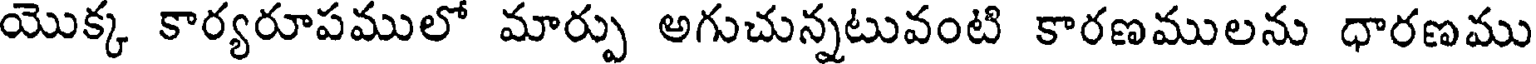
యొక్క కార్యరూపములో మార్పు అగుచున్నటువంటి కారణములను ధారణము